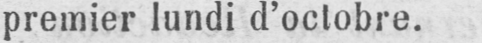
premier lundi d’octobre.